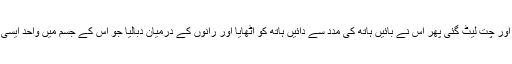
اس نے ہمت مجتمع کرکے کروٹ لی اور چت لیٹ گئی پھر اس نے بائیں ہاتھ کی مدد سے دائیں ہاتھ کو اٹھایا اور رانوں کے درمیان دبالیا جو اس کے جسم میں واحد ایسی جگہ تھی جہاں قدرے حدت باقی تھی۔